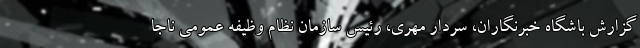
گزارش باشگاه خبرنگاران، سردار مهری، رئیس سازمان نظام وظیفه عمومی ناجا